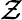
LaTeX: \mathcal{Z}